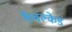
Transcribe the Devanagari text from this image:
कैवल्केड